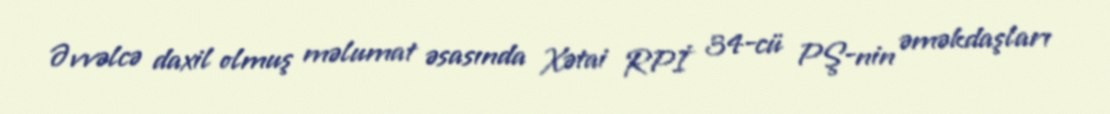
Əvvəlcə daxil olmuş məlumat əsasında Xətai RPİ 34-cü PŞ-nin əməkdaşları